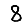
Digit: 8